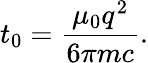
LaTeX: t_{0}={\frac{\mu_{0}q^{2}}{6\pi mc}}.